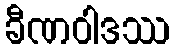
ခီဏဝါဒဿ